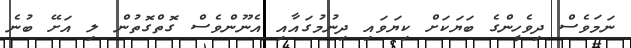
ނަމަވެސް ދިވެހީންގެ ބަޔަކަށް ކިޔަވައި ދިނުމުގައާއި އެނޫންވެސް ގޮތްގޮތުން ލި އަށޭ ބުނެ